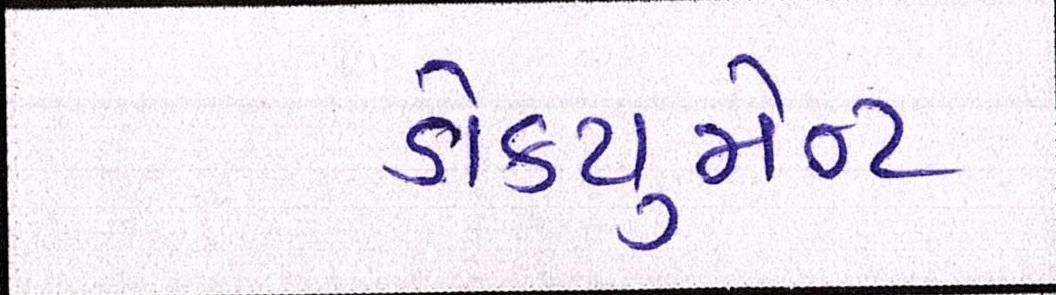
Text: ડોક્યુમેન્ટ